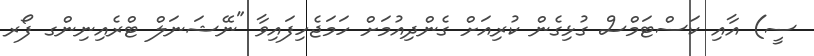
ސީ) އާއި ކަސްޓަމްސް ގުޅިގެން ކުރިއަށް ގެންދިއުމަށް ހަމަޖެހިފައިވާ "ނޭޝަނަލް ޓްރެއިނިންގ ފޯރ